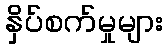
နှိပ်စက်မှုများ